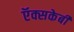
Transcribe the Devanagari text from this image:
ऍक्सकेबी